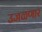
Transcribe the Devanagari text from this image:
उजळणार